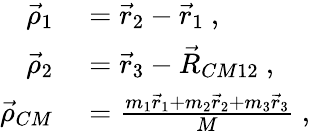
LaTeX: \begin{array}{rl}{\vec{\rho}_{1}}&{{}=\vec{r}_{2}-\vec{r}_{1}~,}\\ {\vec{\rho}_{2}}&{{}=\vec{r}_{3}-\vec{R}_{CM12}~,}\\ {\vec{\rho}_{CM}}&{{}=\frac{m_{1}\vec{r}_{1}+m_{2}\vec{r}_{2}+m_{3}\vec{r}_{3}}{M}~,}\end{array}